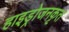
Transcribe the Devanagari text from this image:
हाइड्रोजनकृत